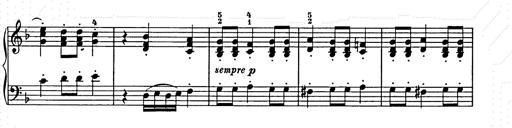
Title: Weihnachtsbaum
Composer: Franz Liszt